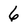
Character: 6